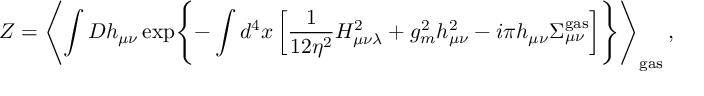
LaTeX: { \cal Z } = \left< \int { \cal D } h _ { \mu \nu } \exp \Biggl \{ - \int d ^ { 4 } x \left[ \frac 1 { 1 2 \eta ^ { 2 } } H _ { \mu \nu \lambda } ^ { 2 } + g _ { m } ^ { 2 } h _ { \mu \nu } ^ { 2 } - i \pi h _ { \mu \nu } \Sigma _ { \mu \nu } ^ { \mathrm { g a s } } \right] \Biggr \} \right> _ { \mathrm { g a s } } ,